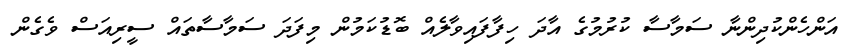
އަންހެންކުދިންނާ ސަމާސާ ކުރުމުގެ އާދަ ހިފާފައިވާލެއް ބޮޑުކަމުން މިފަދަ ސަމާސާތައް ސީރިއަސް ވެގެން